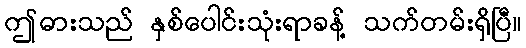
ဤဓားသည် နှစ်ပေါင်းသုံးရာခန့် သက်တမ်းရှိပြီ။